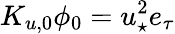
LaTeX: K_{u,0}\phi_{0}=u_{\star}^{2}e_{\tau}